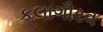
કલાગૌરવ